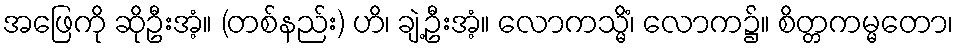
အဖြေကို ဆိုဦးအံ့။ (တစ်နည်း) ဟိ၊ ချဲ့ဦးအံ့။ လောကသ္မိံ၊ လောက၌။ စိတ္တကမ္မတော၊